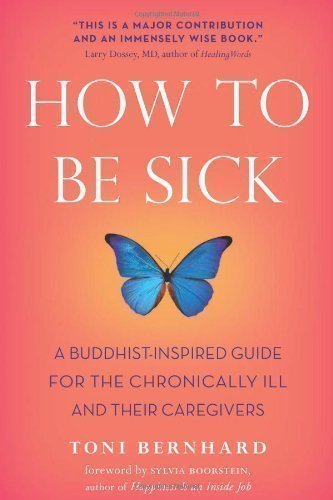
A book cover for How to Be Sick: A Buddhist-Inspired Guide for the Chronically Ill and Their Caregivers by Bernhard, Toni published by Wisdom Publications (2010) Paperback; Bernhard; Medical Books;